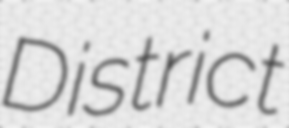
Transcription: District